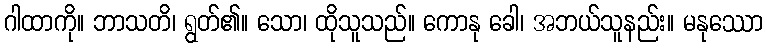
ဂါထာကို။ ဘာသတိ၊ ရွတ်၏။ သော၊ ထိုသူသည်။ ကောနု ခေါ၊ အဘယ်သူနည်း။ မနုဿော